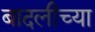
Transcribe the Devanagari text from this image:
बादलीच्या